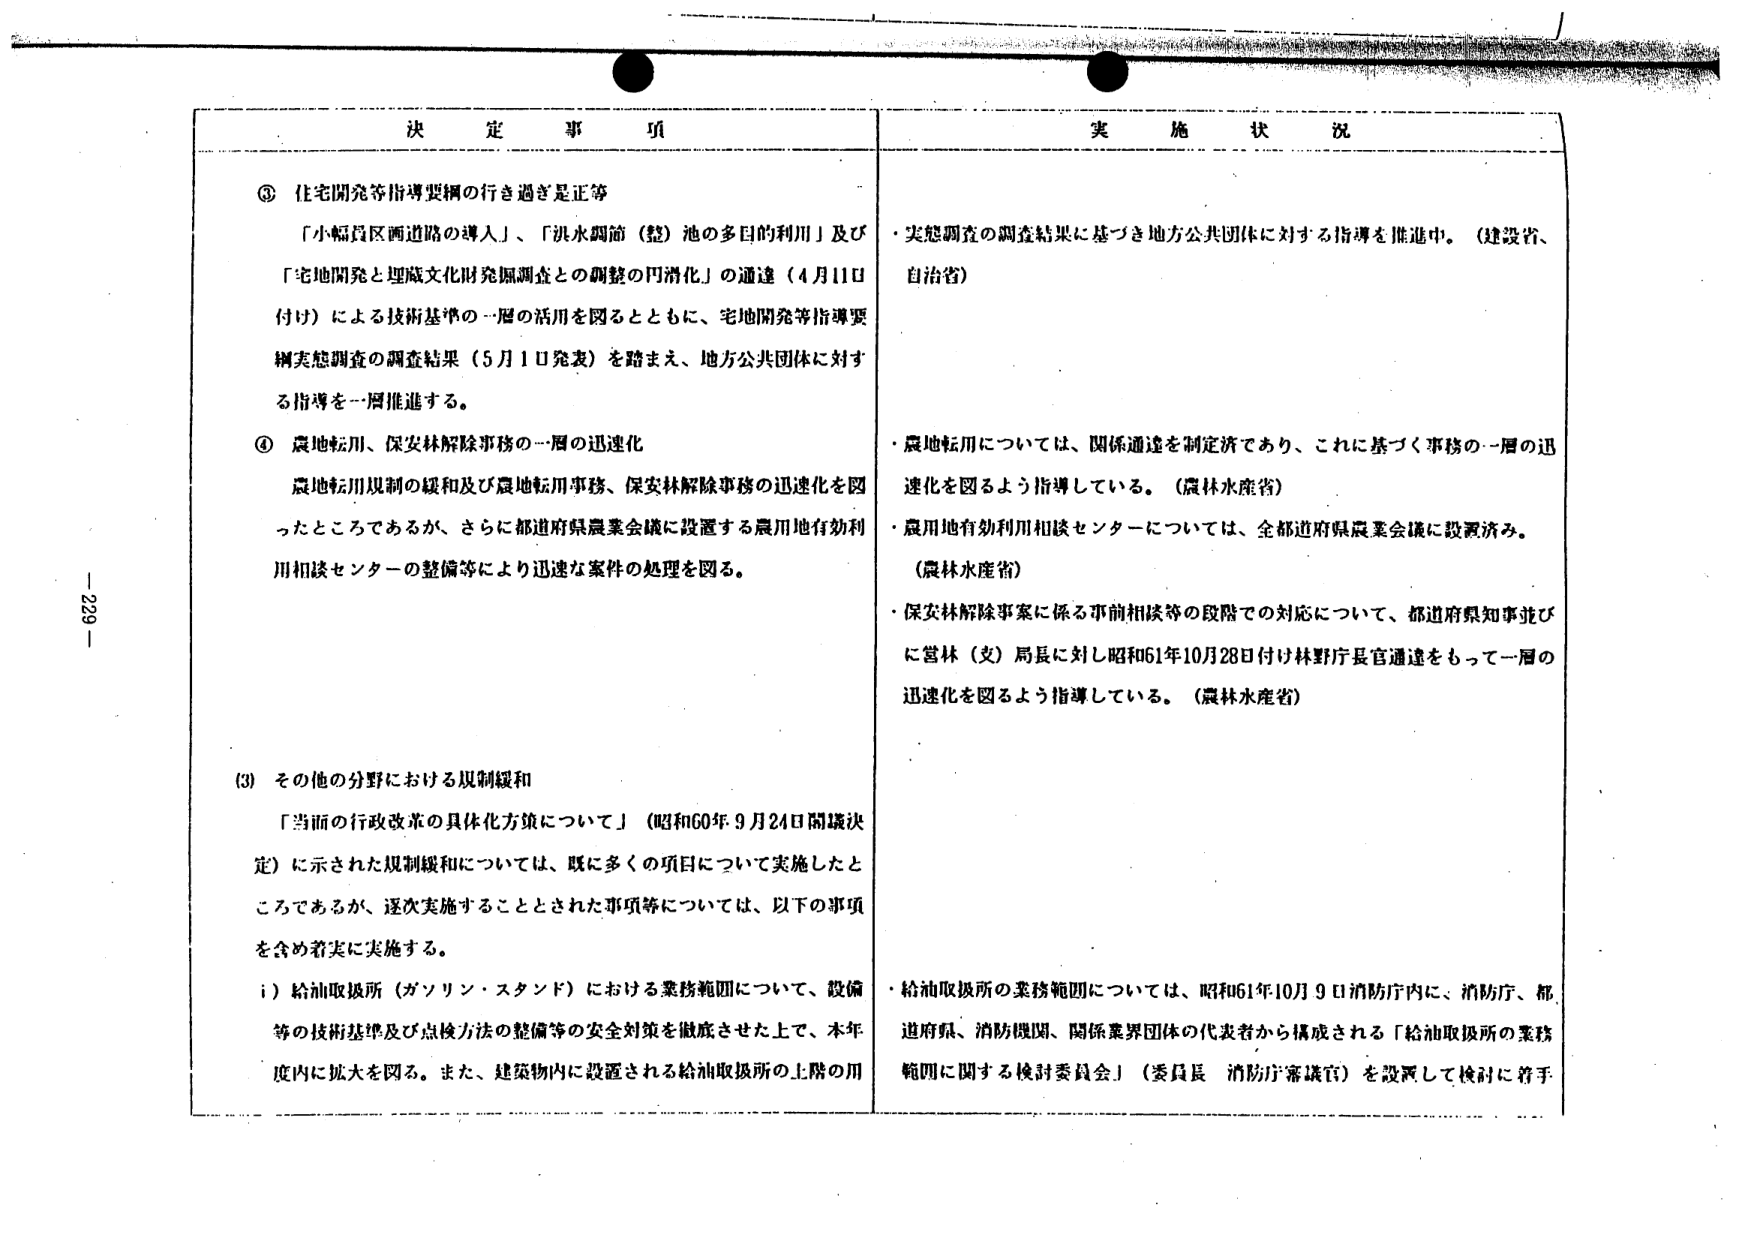
決 定 事 項

③ 住宅開発等指導要綱の行き過ぎ是正等
「小幅員区画道路の導入」、「洪水調節（整）池の多目的利用」及び
「宅地開発と埋蔵文化財発掘調査との調整の円滑化」の通達（4月11日
付け）による技術基準の一層の活用を図るとともに、宅地開発等指導要
綱実態調査の調査結果（5月1日発表）を踏まえ、地方公共団体に対す
る指導を一層推進する。

④ 農地転用、保安林解除事務の一層の迅速化
農地転用規制の緩和及び農地転用事務、保安林解除事務の迅速化を図
ったところであるが、さらに都道府県農業会議に設置する農用地有効利
用相談センターの整備等により迅速な案件の処理を図る。

(3) その他の分野における規制緩和
「当面の行政改革の具体化方策について」（昭和60年9月24日閣議決
定）に示された規制緩和については、既に多くの項目について実施したと
ころであるが、逐次実施することとされた事項等については、以下の事項
を含め着実に実施する。
i）給油取扱所（ガソリン・スタンド）における業務範囲について、設備
等の技術基準及び点検方法の整備等の安全対策を徹底させた上で、本年
度内に拡大を図る。また、建築物内に設置される給油取扱所の上階の用

実 施 状 況

・実態調査の調査結果に基づき地方公共団体に対する指導を推進中。（建設省、
自治省）

・農地転用については、関係通達を制定済であり、これに基づく事務の一層の迅
速化を図るよう指導している。（農林水産省）
・農用地有効利用相談センターについては、全都道府県農業会議に設置済み。
（農林水産省）
・保安林解除事案に係る事前相談等の段階での対応について、都道府県知事並び
に営林（女）局長に対し昭和61年10月28日付け林野庁長官通達をもって一層の
迅速化を図るよう指導している。（農林水産省）

・給油取扱所の業務範囲については、昭和61年10月9日消防庁内に、消防庁、都
道府県、消防機関、関係業界団体の代表者から構成される「給油取扱所の業務
範囲に関する検討委員会」（委員長 消防庁審議官）を設置して検討に着手

- 229 -